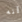
أنه